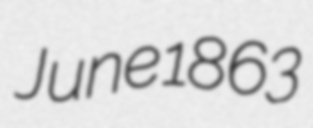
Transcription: June 1863